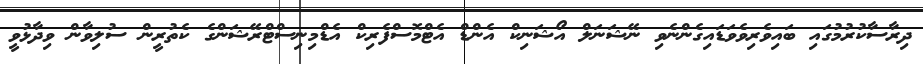
ދިރާސާކުރުމުގައި ބައިވެރިވެވަޑައިގެންނެވި ނޭޝަނަލް އޯޝަނިކް އެންޑް އެޓްމޮސްފެރިކް އެޑްމިނިސްޓްރޭޝަންގެ ކެތުރީން ސުލިވާން ވިދާޅުވީ